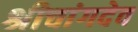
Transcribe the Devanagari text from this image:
श्रीचांगदेव